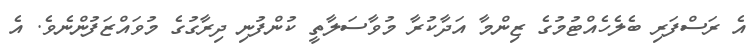
އެ ރަސްފަރި ބެލެހެއްޓުމުގެ ޒިންމާ އަދާކުރާ މުވާސަލާތީ ކުންފުނި ދިރާގުގެ މުވައްޒަފުންނެވެ. އެ